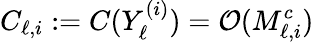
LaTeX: C_{\ell,i}:=C(Y_{\ell}^{(i)})=\mathcal{O}(M_{\ell,i}^{c})